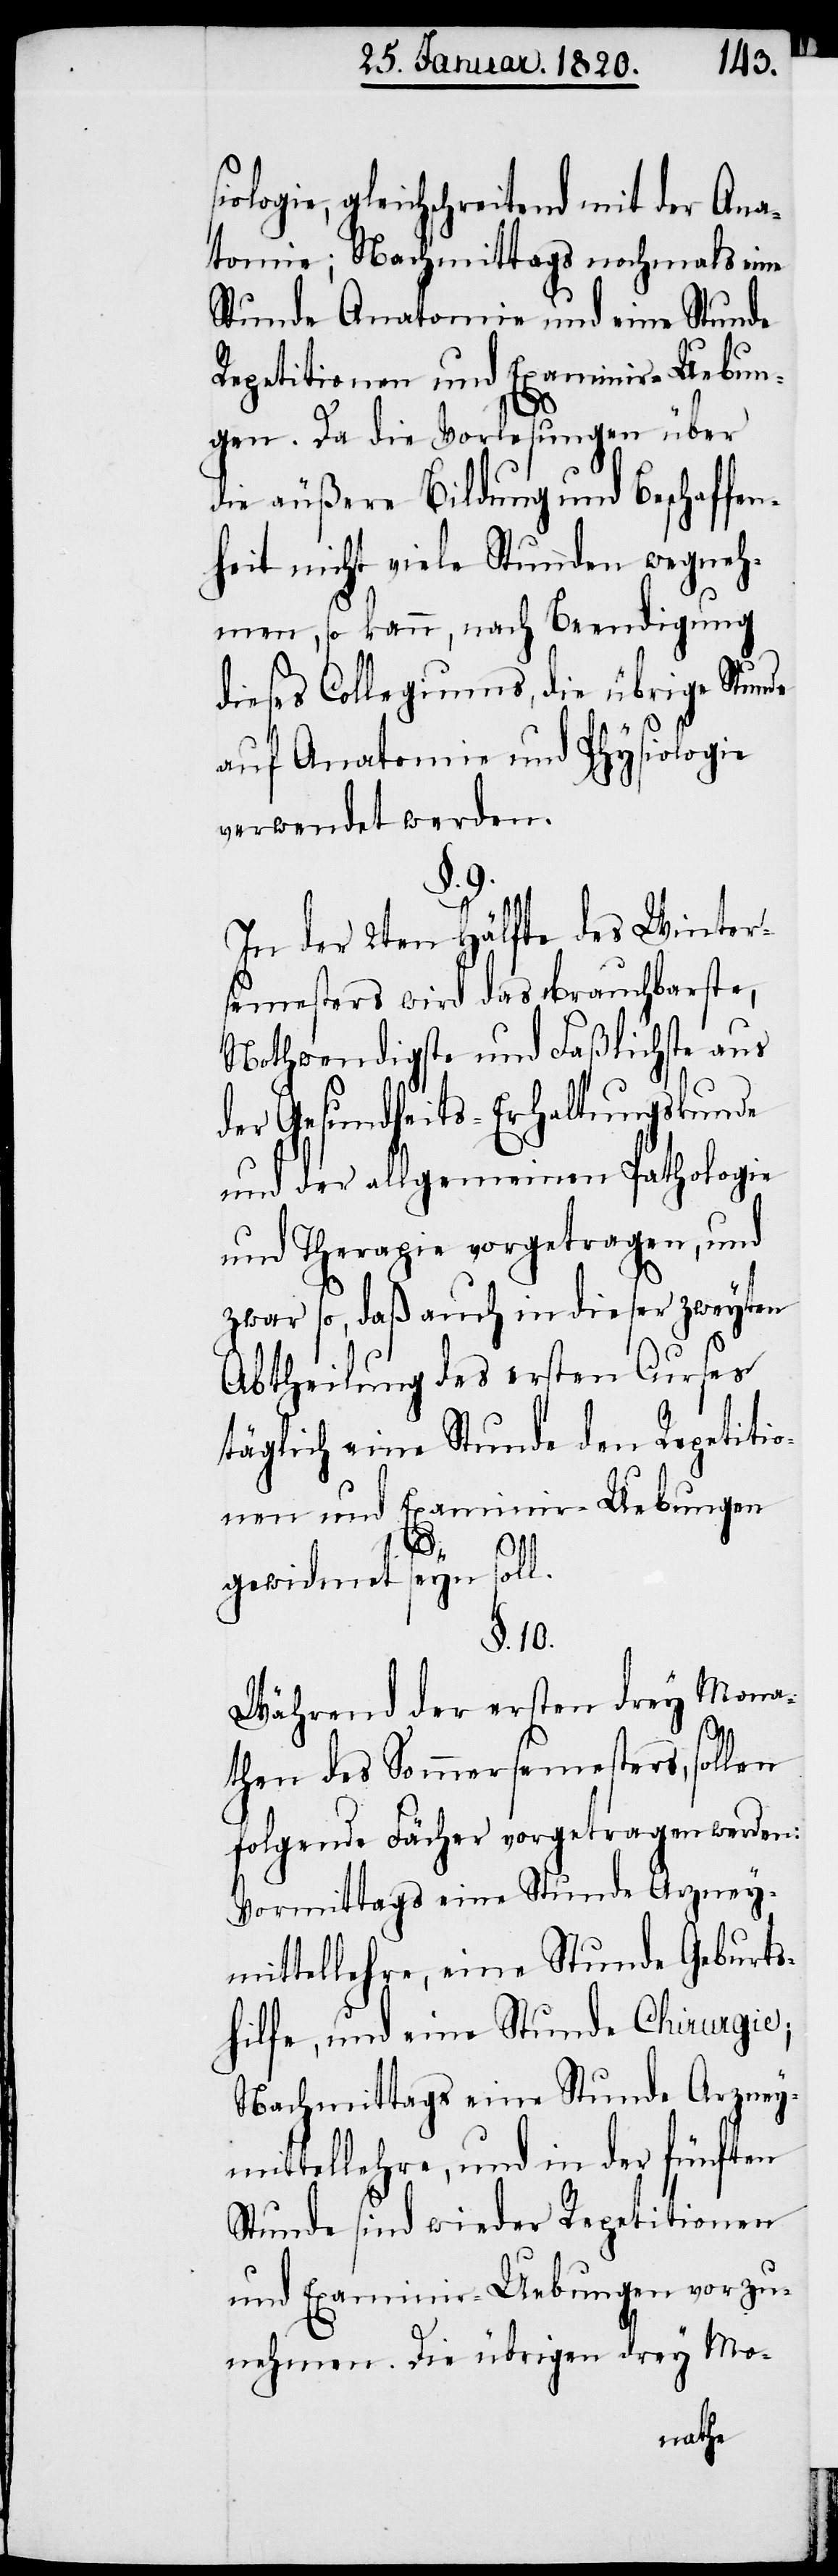
gleichschreitend mit der Ana¬
tomie; Nachmittags nochmals eine
Stunde Anatomie und eine Stunde
Repetitionen und Examinir-Uebun¬
gen. Da die Vorlesungen über
die äußere Bildung und Beschaffen¬
heit nicht viele Stunden wegneh¬
men, so kann, nach Beendigung
dieses Collegiums, die übrige Stunde
auf Anatomie und Physiologie
verwendet werden.
§. 9.
In der 2ten Hälfte des Winter¬
semesters wird das Brauchbarste,
Nothwendigste und Faßlichste aus
der Gesundheits-Erhaltungskunde
und der allgemeinen Pathologie
und Therapie vorgetragen, und
zwar so, daß auch in dieser zweyten
Abtheilung des ersten Curses
täglich eine Stunde den Repetitio¬
nen und Examinir-Uebungen
gewidmet seyn soll.
§. 10.
Während der ersten drey Mona¬
then des Sommersemesters, sollen
folgende Fächer vorgetragen werden:
Vormittags eine Stunde Arzney¬
mittellehre, eine Stunde Geburts¬
hilfe, und eine Stunde Chirurgie;
Nachmittags eine Stunde Arzney¬
mittellehre, und in der fünften
Stunde sind wieder Repetitionen
und Examinir-Uebungen vorzu¬
nehmen. Die übrigen drey Mo-